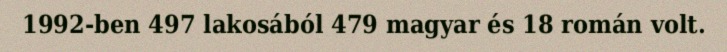
1992-ben 497 lakosából 479 magyar és 18 román volt.